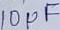
Text: 10µF